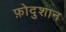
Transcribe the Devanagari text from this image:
फ़ोदुशान